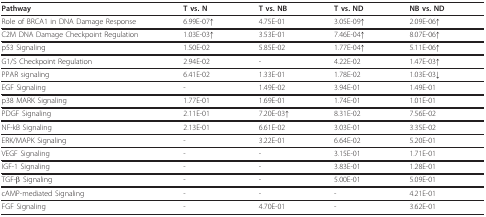
| Pathway | T vs. N | T vs. NB | T vs. ND | NB vs. ND |
 | --- | --- | --- | --- | --- |
 | Role of BRCA1 in DNA Damage Response | 6.99E-07↑ | 4.75E-01 | 3.05E-09↑ | 2.09E-06↑ |
 | C2M DNA Damage Checkpoint Regulation | 1.03E-03↑ | 3.53E-01 | 7.46E-04↑ | 8.07E-06↑ |
 | p53 Signaling | 1.50E-02 | 5.85E-02 | 1.77E-04↑ | 5.11E-06↑ |
 | G1/S Checkpoint Regulation | 2.94E-02 | - | 4.22E-02 | 1.47E-03↑ |
 | PPAR signaling | 6.41E-02 | 1.33E-01 | 1.78E-02 | 1.03E-03↓ |
 | EGF Signaling | - | 1.49E-02 | 3.94E-01 | 1.49E-01 |
 | p38 MARK Signaling | 1.77E-01 | 1.69E-01 | 1.74E-01 | 1.01E-01 |
 | PDGF Signaling | 2.11E-01 | 7.20E-03↑ | 8.31E-02 | 7.56E-02 |
 | NF-kB Signaling | 2.13E-01 | 6.61E-02 | 3.03E-01 | 3.35E-02 |
 | ERK/MAPK Signaling | - | 3.22E-01 | 6.64E-02 | 5.20E-01 |
 | VEGF Signaling | - | - | 3.15E-01 | 1.71E-01 |
 | IGF-1 Signaling | - | - | 3.83E-01 | 1.28E-01 |
 | TGF-β Signaling | - | - | 5.00E-01 | 5.09E-01 |
 | cAMP-mediated Signaling | - | - | - | 4.21E-01 |
 | FGF Signaling | - | 4.70E-01 | - | 3.62E-01 |